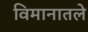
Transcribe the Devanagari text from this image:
विमानातले